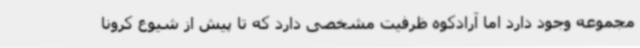
مجموعه وجود دارد اما آرادکوه ظرفیت مشخصی دارد که تا پیش از شیوع کرونا